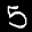
Label: 5